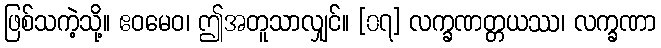
ဖြစ်သကဲ့သို့။ ဧဝမေဝ၊ ဤအတူသာလျှင်။ [၀၇] လက္ခဏတ္တယဿ၊ လက္ခဏာ